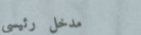
مدخل رئيسي